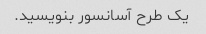
یک طرح آسانسور بنویسید.